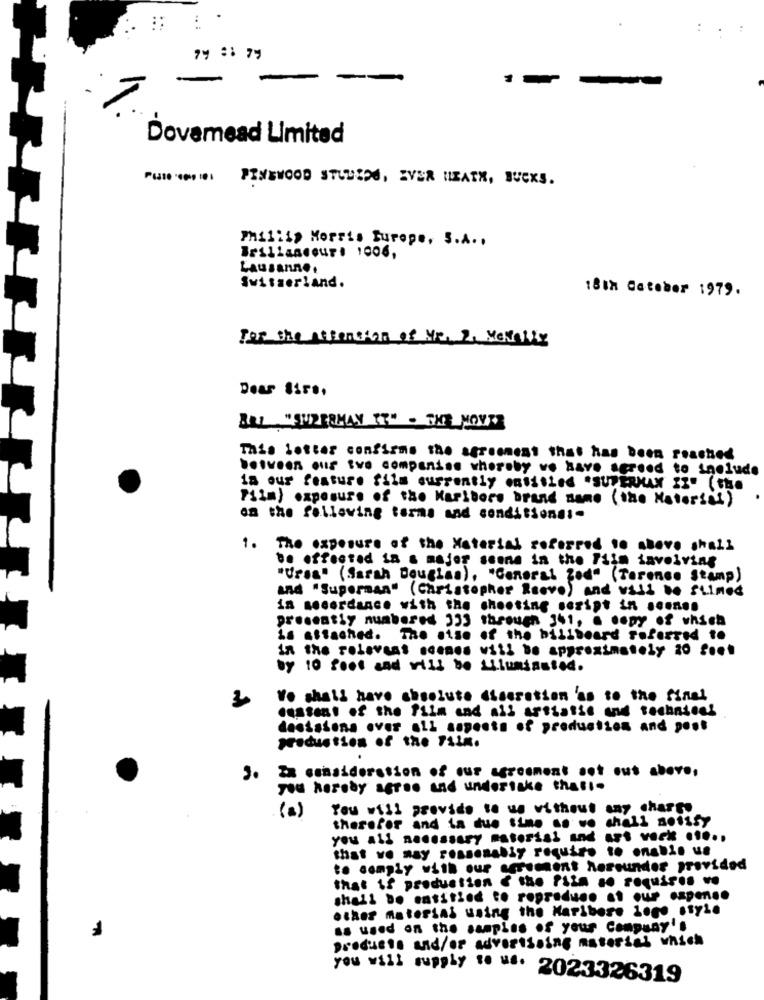
:
Dovamead Limited
PINEWOOD STUDEN, EVER HEATH, BUCKS.
Phillip Morris Europe, S.A. .
Lausanne.
Switzerland.
18th Cateber 1979.
For the Attention of Mr. 2. Mentally
Dear Sir ..
BAL "SUPERMAN IT" - THE MOVIE
This letter confirms the agreement that has been reached
between our two companies whereby we have agreed to include
is our feature film currently entitled "SUPERMAX II" ( the
Pim) exposure of the Maribors brand name (the Material)
on the following terms and conditionss-
1. The exposure of the Material referred to above shall
be affected in a major scene in the Film involving
"Ursa" (Sarah Douglas), "General Zed" (Terence Stamp)
and "Superman" (Christopher Reeve) and will be SLined
in secerdance with the shooting script in scenen
presently numbered 333 through 341, a copy of which
is attached. The sise of the billboard referred to
in the relevant scenes will be approximately 20 f ...
by 10 foot and will be Liluminsted.
We shall have chsolute discretion as to the final
destent of the film and all arttatie and technical
decisions over all aspects of production and post
production of the Film.
.
J. Zx consideration of our agreement sot out above,
you hereby agr .. and undertake thati.
You will provide to us without any charge
therefor and ia due time so we shall notisy
you all necessary material and art verk .....
that we may reasonably require to enable us
to comply with our agrumhent hereunder provided
that if production & the Pila so requis .. ..
shall be entitled to repr
other material using the Maribore logo style
as used on the samples of your Company's
producto and/or advertising material which
you will supply to w. 2023326319